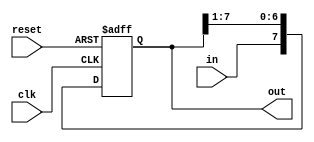
// Design a 8-bit register to perform serial-in and parallel-out opeartion.

module sipo_reg_8(output reg [7:0] out,
                  input in, clk, reset);

always @ (posedge reset or negedge clk)
begin
    if (reset)
    out <= 8'b0;
    else
    out <= {in,out[7:1]};
end

endmodule